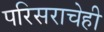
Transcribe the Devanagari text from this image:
परिसराचेही